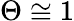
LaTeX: \Theta\cong 1